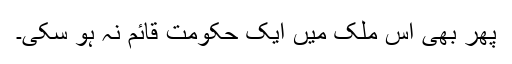
پھر بھی اس ملک میں ایک حکومت قائم نہ ہو سکی۔